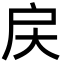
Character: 戻